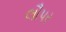
લૌપર